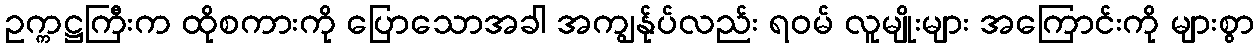
ဥက္ကဋ္ဌကြီးက ထိုစကားကို ပြောသောအခါ အကျွန်ုပ်လည်း ရဝမ် လူမျိုးများ အကြောင်းကို များစွာ